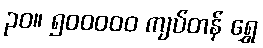
၃၀။ ၅၀၀၀၀၀ ကျပ်တန် ရွှေ